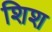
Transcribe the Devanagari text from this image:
शिश